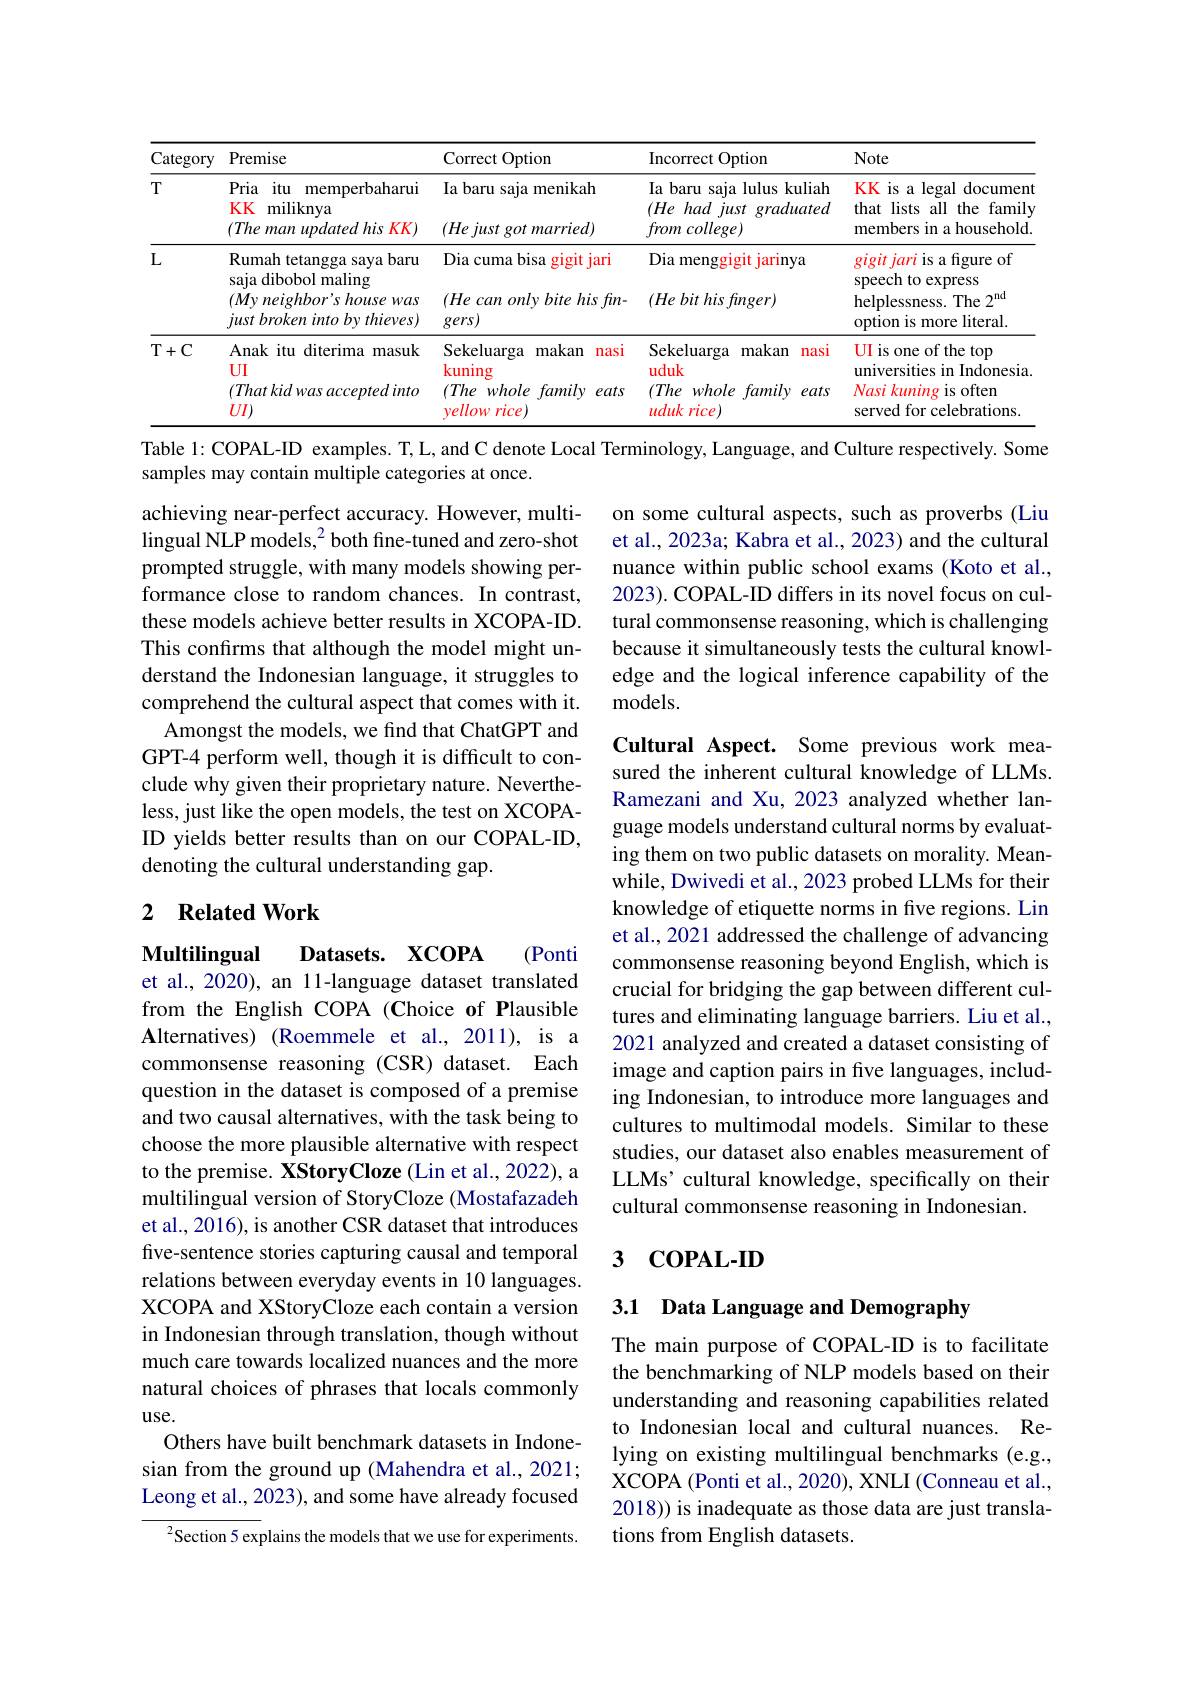
<table>
	<tbody>
		<tr>
			<th>Category</th>
			<th>Premise</th>
			<th>Correct Option 1</th>
			<th>$\operatorname{Incorrect}$ t Option</th>
			<th>Note</th>
		</tr>
		<tr>
			<td rowspan="1">$T$</td>
			<td>Pria itu memperbaharui KK miliknya $( The\textit{man updated his}$ $KK.$ ,</td>
			<td>Ia baru saja menikah $( He\textit{just got married})$</td>
			<td>Ia baru saja lulus kuliah $( He\textit{had just})$ graduated $from\textit{college})$</td>
			<td>KK is a legal document that lists all the family members in a household.</td>
		</tr>
		<tr>
			<td rowspan="2">$L$</td>
			<td>Rumah tetangga saya baru saja dibobol maling</td>
			<td>Dia cuma bisa gigit t jari</td>
			<td>Dia menggigit jarinya</td>
			<td>$gigit\textit{jari is a figure of}$ speech to express</td>
		</tr>
		<tr>
			<td>10 $\mathbf{III}_{\mathrm{E}}$ $( My\textit{neighbor' s house was}$ $just\textit{broken into by thieves})$</td>
			<td>$( He\textit{can only bite his fin- }$ $gers)$</td>
			<td>$( He\textit{bit his finger})$</td>
			<td>writo vipic JL helplessness. The $2^\mathrm{nd}$ option is more literal.</td>
		</tr>
		<tr>
			<td rowspan="1">$T+C$</td>
			<td>Anak itu diterima masuk UI $( That$ kid was accepted into $UI)$</td>
			<td>Sekeluarga makan nasi kuning $(The$ whole $e$ family eats vellow rice</td>
			<td>Sekeluarga makan nasi uduk $(The$ $whole\textit{family}$ eats uduk $krice.$</td>
			<td>UI is one of the top universities in Indonesia. Nasi kuning is often served for celebrations.</td>
		</tr>
	</tbody>
</table>

Table 1: COPAL-ID examples. T, L, and C denote Local Terminology, Language, and Culture respectively. Some
samples may contain multiple categories at once.

on some cultural aspects, such as proverbs (Liu et al., 2023a; Kabra et al., 2023) and the cultural nuance within public school exams (Koto et al., 2023). COPAL-ID differs in its novel focus on cultural commonsense reasoning, which is challenging because it simultaneously tests the cultural knowledge and the logical inference capability of the ${\mathrm{models.}}$

achieving near-perfect accuracy. However, multilingual NLP models,$^2$ both fine-tuned and zero-shot prompted struggle, with many models showing performance close to random chances. In contrast, these models achieve better results in XCOPA-ID. This confirms that although the model might understand the Indonesian language, it struggles to comprehend the cultural aspect that comes with it.
Amongst the models, we find that ChatGPT and GPT-4 perform well, though it is difficult to conclude why given their proprietary nature. Nevertheless, just like the open models, the test on XCOPAID yields better results than on our COPAL-ID, denoting the cultural understanding gap.

### 2 $\textbf{Related Work}$

Cultural Aspect. Some previous work measured the inherent cultural knowledge of LLMs. Ramezani and Xu, 2023 analyzed whether language models understand cultural norms by evaluating them on two public datasets on morality. Meanwhile, Dwivedi et al., 2023 probed LLMs for their knowledge of etiquette norms in five regions. Lin et al., 2021 addressed the challenge of advancing commonsense reasoning beyond English, which is crucial for bridging the gap between different cultures and eliminating language barriers. Liu et al., 2021 analyzed and created a dataset consisting of image and caption pairs in five languages, including Indonesian, to introduce more languages and cultures to multimodal models. Similar to these studies, our dataset also enables measurement of LLMs’cultural knowledge, specifically on their cultural commonsense reasoning in Indonesian.

$\mathbf{Multilingual}$
$\textbf{Datasets. XCOPA}$
(Ponti
et al., 2020), an 11-language dataset translated from the English COPA (Choice of Plausible Alternatives) (Roemmele et al., 2011), is a commonsense reasoning (CSR) dataset. Each question in the dataset is composed of a premise and two causal alternatives, with the task being to choose the more plausible alternative with respect to the premise. XStoryCloze (Lin et al., 2022), a multilingual version of StoryCloze (Mostafazadeh et al., 2016), is another CSR dataset that introduces five-sentence stories capturing causal and temporal relations between everyday events in 10 languages. XCOPA and XStoryCloze each contain a version in Indonesian through translation, though without much care towards localized nuances and the more natural choices of phrases that locals commonly $use.$
Others have built benchmark datasets in Indonesian from the ground up (Mahendra et al., 2021; Leong et al., 2023), and some have already focused
$^{2}$Section 5 explains the models that we use for experiments.

## 3 COPAL-ID

3.1 Data Language and Demography

The main purpose of COPAL-ID is to facilitate the benchmarking of NLP models based on their understanding and reasoning capabilities related to Indonesian local and cultural nuances. Relying on existing multilingual benchmarks (e.g., XCOPA (Ponti et al., 2020), XNLI (Conneau et al., 2018)) is inadequate as those data are just translations from English datasets.